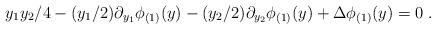
LaTeX: \begin{align*} y_1y_2/4 - (y_1/2)\partial_{y_1}\phi_{(1)}(y) - (y_2/2)\partial_{y_2}\phi_{(1)}(y) + \Delta\phi_{(1)}(y)=0\;. \end{align*}